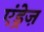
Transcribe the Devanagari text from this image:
एंड्रेज़